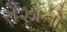
રોઝાનો